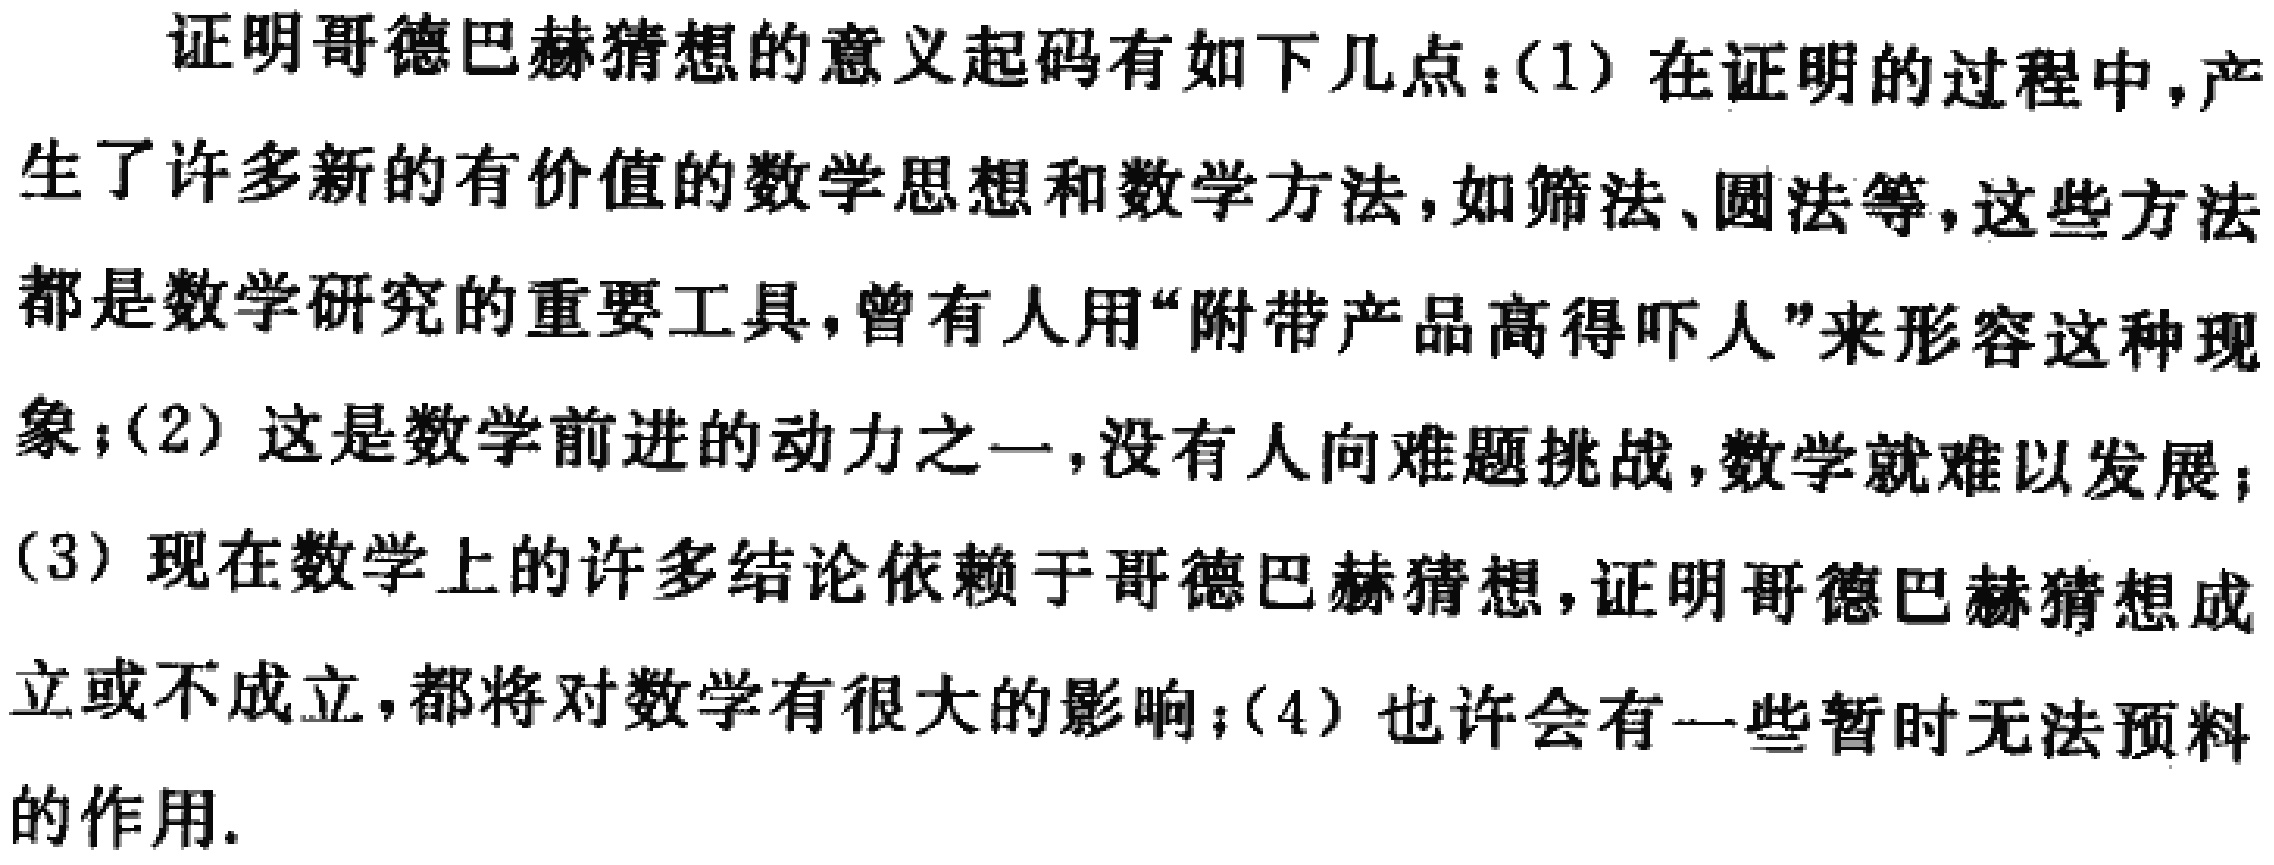
证明哥德巴赫猜想的意义起码有如下几点：(1) 在证明的过程中，产生了许多新的有价值的数学思想和数学方法，如筛法、圆法等，这些方法都是数学研究的重要工具，曾有人用“附带产品高得吓人”来形容这种现象；(2) 这是数学前进的动力之一，没有人向难题挑战，数学就难以发展；(3) 现在数学上的许多结论依赖于哥德巴赫猜想，证明哥德巴赫猜想成立或不成立，都将对数学有很大的影响；(4) 也许会有一些暂时无法预料的作用.